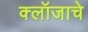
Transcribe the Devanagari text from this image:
क्लॉजाचे